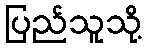
ပြည်သူသို့